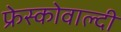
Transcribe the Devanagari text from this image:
फ्रेस्कोवाल्दी